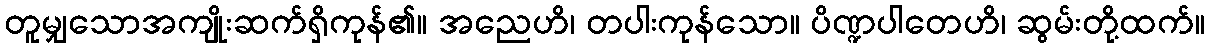
တူမျှသောအကျိုးဆက်ရှိကုန်၏။ အညေဟိ၊ တပါးကုန်သော။ ပိဏ္ဍပါတေဟိ၊ ဆွမ်းတို့ထက်။